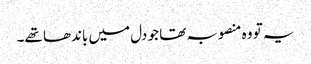
یہ تو وہ منصوبہ تھا جو دل میں باندھا تھے۔